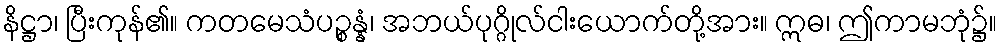
နိဋ္ဌာ၊ ပြီးကုန်၏။ ကတမေသံပဉ္စန္နံ၊ အဘယ်ပုဂ္ဂိုလ်ငါးယောက်တို့အား။ ဣဓ၊ ဤကာမဘုံ၌။